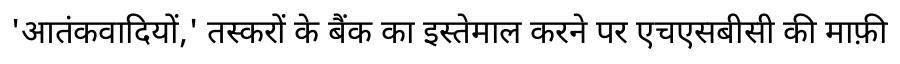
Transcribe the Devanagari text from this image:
'आतंकवादियों,' तस्करों के बैंक का इस्तेमाल करने पर एचएसबीसी की माफ़ी